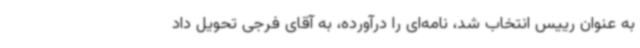
به عنوان رییس انتخاب شد، نامه‌ای را درآورده، به آقای فرجی تحویل داد